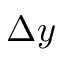
\Delta y